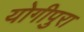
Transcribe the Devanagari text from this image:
योगीपुरा